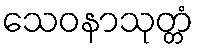
သေဝနာသုတ္တံ